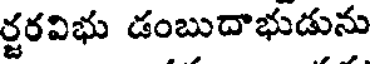
ర్జరవిభు డంబుదాభుడును